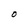
Character: O